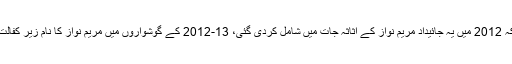
مخدوم علی خان نے کہا کہ 2012 میں یہ جائیداد مریم نواز کے اثاثہ جات میں شامل کردی گئی، 13-2012 کے گوشواروں میں مریم نواز کا نام زیر کفالت کے خانے میں نہیں تھا۔